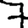
Digit: 7